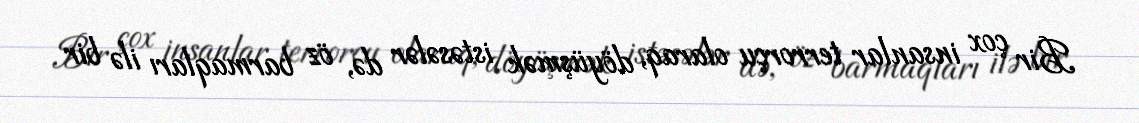
Bir çox insanlar terrorçu olaraq, döyüşmək istəsələr də, öz barmaqları ilə bir